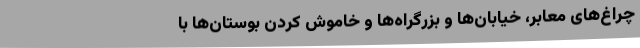
چراغ‌های معابر، خیابان‌ها و بزرگراه‌ها و خاموش کردن بوستان‌ها با